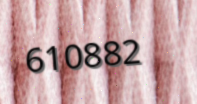
610882